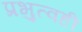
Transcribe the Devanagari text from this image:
प्रभुत्वही